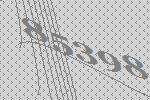
85398